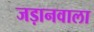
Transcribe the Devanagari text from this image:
जड़ानवाला